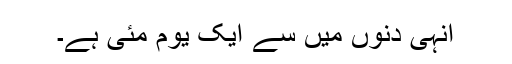
انہی دنوں میں سے ایک یوم مئی ہے۔